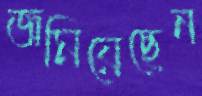
জমিয়েছেন